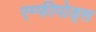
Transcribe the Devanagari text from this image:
एम्फीपोड्स